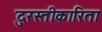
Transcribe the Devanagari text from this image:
दुरस्तीकारिता